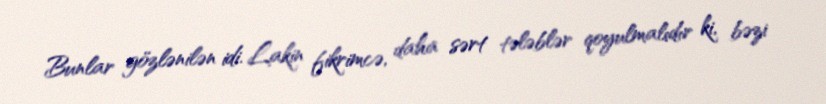
Bunlar gözlənilən idi. Lakin fikrimcə, daha sərt tələblər qoyulmalıdır ki, bəzi